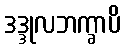
ဒဒ္ဒုလဘက္ခာပိ